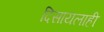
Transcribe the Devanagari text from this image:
दिसायलाही